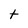
Character: t